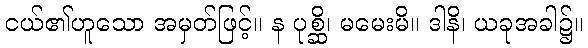
ငယ်၏ဟူသော အမှတ်ဖြင့်။ န ပုစ္ဆိ၊ မမေးမိ။ ဒါနိ၊ ယခုအခါ၌။